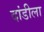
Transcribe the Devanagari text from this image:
दांडीला